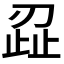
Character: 𭃷